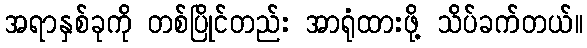
အရာနှစ်ခုကို တစ်ပြိုင်တည်း အာရုံထားဖို့ သိပ်ခက်တယ်။